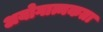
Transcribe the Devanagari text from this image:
अयोगात्मकता